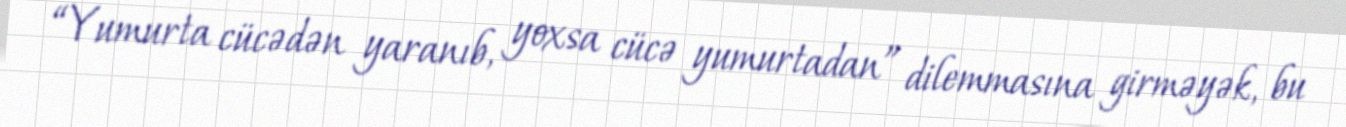
“Yumurta cücədən yaranıb, yoxsa cücə yumurtadan” dilemmasına girməyək, bu